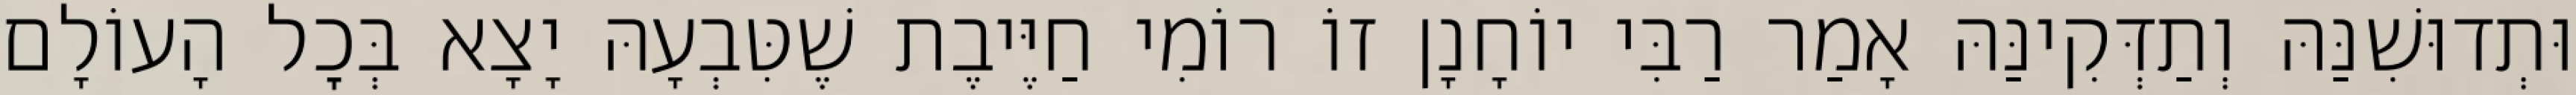
וּתְדוּשִׁנַּהּ וְתַדְּקִינַּהּ אָמַר רַבִּי יוֹחָנָן זוֹ רוֹמִי חַיֶּיבֶת שֶׁטִּבְעָהּ יָצָא בְּכׇל הָעוֹלָם